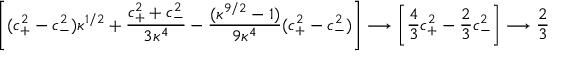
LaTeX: \left[ ( c _ { + } ^ { 2 } - c _ { - } ^ { 2 } ) \kappa ^ { 1 / 2 } + \frac { c _ { + } ^ { 2 } + c _ { - } ^ { 2 } } { 3 \kappa ^ { 4 } } - \frac { ( \kappa ^ { 9 / 2 } - 1 ) } { 9 \kappa ^ { 4 } } ( c _ { + } ^ { 2 } - c _ { - } ^ { 2 } ) \right] \longrightarrow \left[ \frac { 4 } { 3 } c _ { + } ^ { 2 } - \frac { 2 } { 3 } c _ { - } ^ { 2 } \right] \longrightarrow \frac { 2 } { 3 }